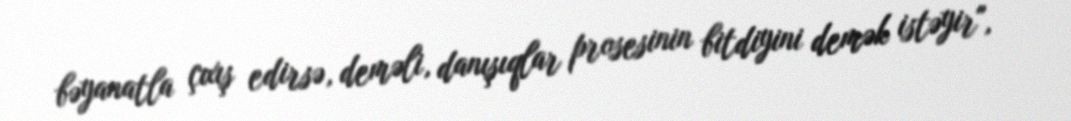
bəyanatla çıxış edirsə, deməli, danışıqlar prosesinin bitdiyini demək istəyir",